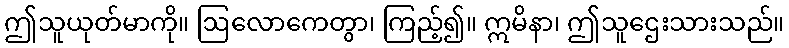
ဤသူယုတ်မာကို။ ဩလောကေတွာ၊ ကြည့်၍။ ဣမိနာ၊ ဤသူဌေးသားသည်။